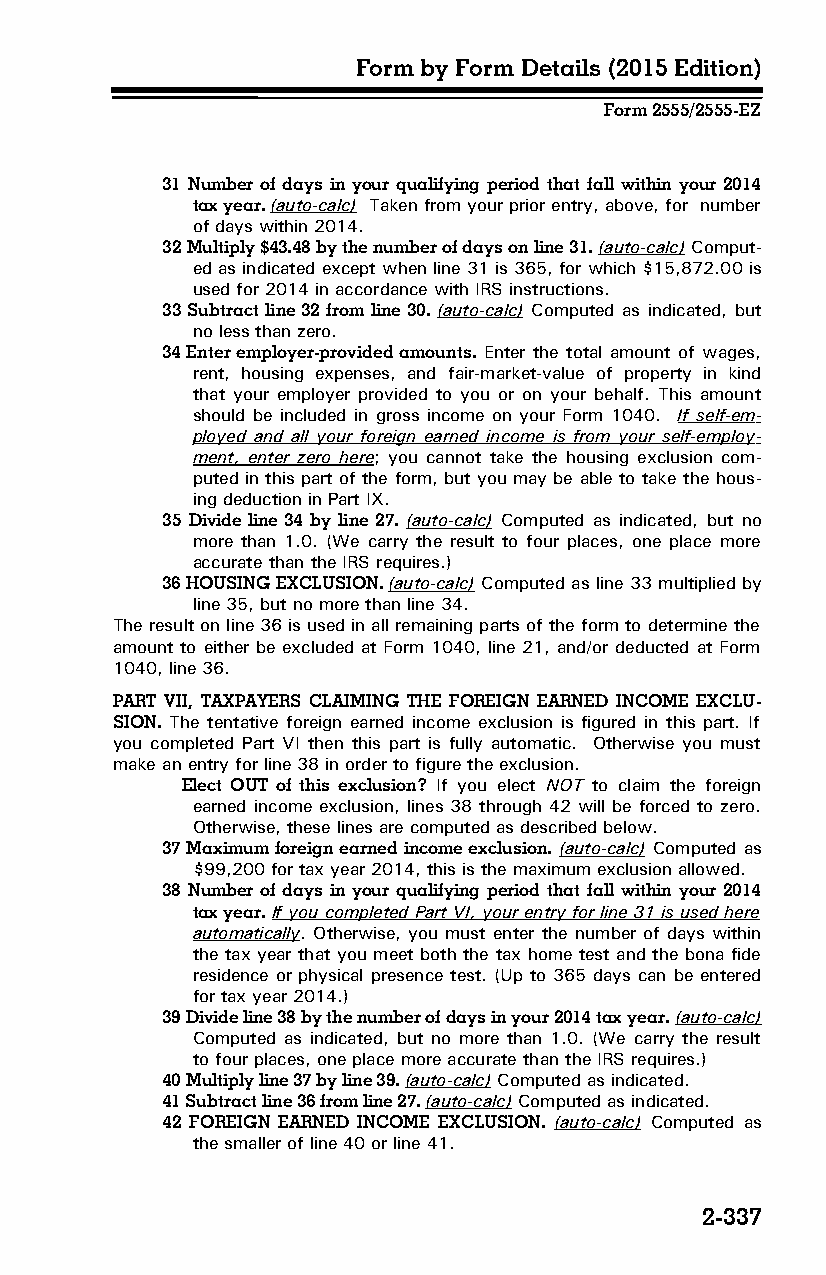
Form by Form Details (2015 Edition)
 Form 2555/2555-EZ
 31 Number of days in your qualifying period that fall within your 2014
 tax year. (auto-calc) Taken from your prior entry, above, for number
 of days within 2014.
 32 Multiply $43.48 by the number of days on line 31. (auto-calc) Comput­
 ed as indicated except when line 31 is 365, for which $15,872.00 is
 used for 2014 in accordance with IRS instructions.
 33 Subtract line 32 from line 30. (auto-calc) Computed as indicated, but
 no less than zero.
 34 Enter employer-provided amounts. Enter the total amount of wages,
 rent, housing expenses, and fair-market-value of property in kind
 that your employer provided to you or on your behalf. This amount
 should be included in gross income on your Form 1040. If self-em­
 ployed and all your foreign earned income is from your self-employ­
 ment, enter zero here; you cannot take the housing exclusion com­
 puted in this part of the form, but you may be able to take the hous­
 ing deduction in Part IX.
 35 Divide line 34 by line 27. (auto-calc) Computed as indicated, but no
 more than 1.0. (We carry the result to four places, one place more
 accurate than the IRS requires.)
 36 HOUSING EXCLUSION. (auto-calc) Computed as line 33 multiplied by
 line 35, but no more than line 34.
 The result on line 36 is used in all remaining parts of the form to determine the
 amount to either be excluded at Form 1040, line 21, and/or deducted at Form
 1040, line 36.
 PART VII, TAXPAYERS CLAIMING THE FOREIGN EARNED INCOME EXCLU­
 SION. The tentative foreign earned income exclusion is figured in this part. If
 you completed Part VI then this part is fully automatic. Otherwise you must
 make an entry for line 38 in order to figure the exclusion.
 Elect OUT of this exclusion? If you elect NOT to claim the foreign
 earned income exclusion, lines 38 through 42 will be forced to zero.
 Otherwise, these lines are computed as described below.
 37 Maximum foreign earned income exclusion. (auto-calc) Computed as
 $99,200 for tax year 2014, this is the maximum exclusion allowed.
 38 Number of days in your qualifying period that fall within your 2014
 tax year. If you completed Part VI, your entry for line 31 is used here
 automatically. Otherwise, you must enter the number of days within
 the tax year that you meet both the tax home test and the bona fide
 residence or physical presence test. (Up to 365 days can be entered
 for tax year 2014.)
 39 Divide line 38 by the number of days in your 2014 tax year. (auto-calc)
 Computed as indicated, but no more than 1.0. (We carry the result
 to four places, one place more accurate than the IRS requires.)
 40 Multiply line 37 by line 39. (auto-calc) Computed as indicated.
 41 Subtract line 36 from line 27. (auto-calc) Computed as indicated.
 42 FOREIGN EARNED INCOME EXCLUSION. (auto-calc) Computed as
 the smaller of line 40 or line 41.
 2-337